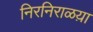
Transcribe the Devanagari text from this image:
निरनिराळय़ा